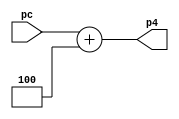
module pc4 (pc,p4); // pc + 4
    input  [31:0] pc;
    output [31:0] p4;
    assign p4 = pc + 32'h4;
endmodule